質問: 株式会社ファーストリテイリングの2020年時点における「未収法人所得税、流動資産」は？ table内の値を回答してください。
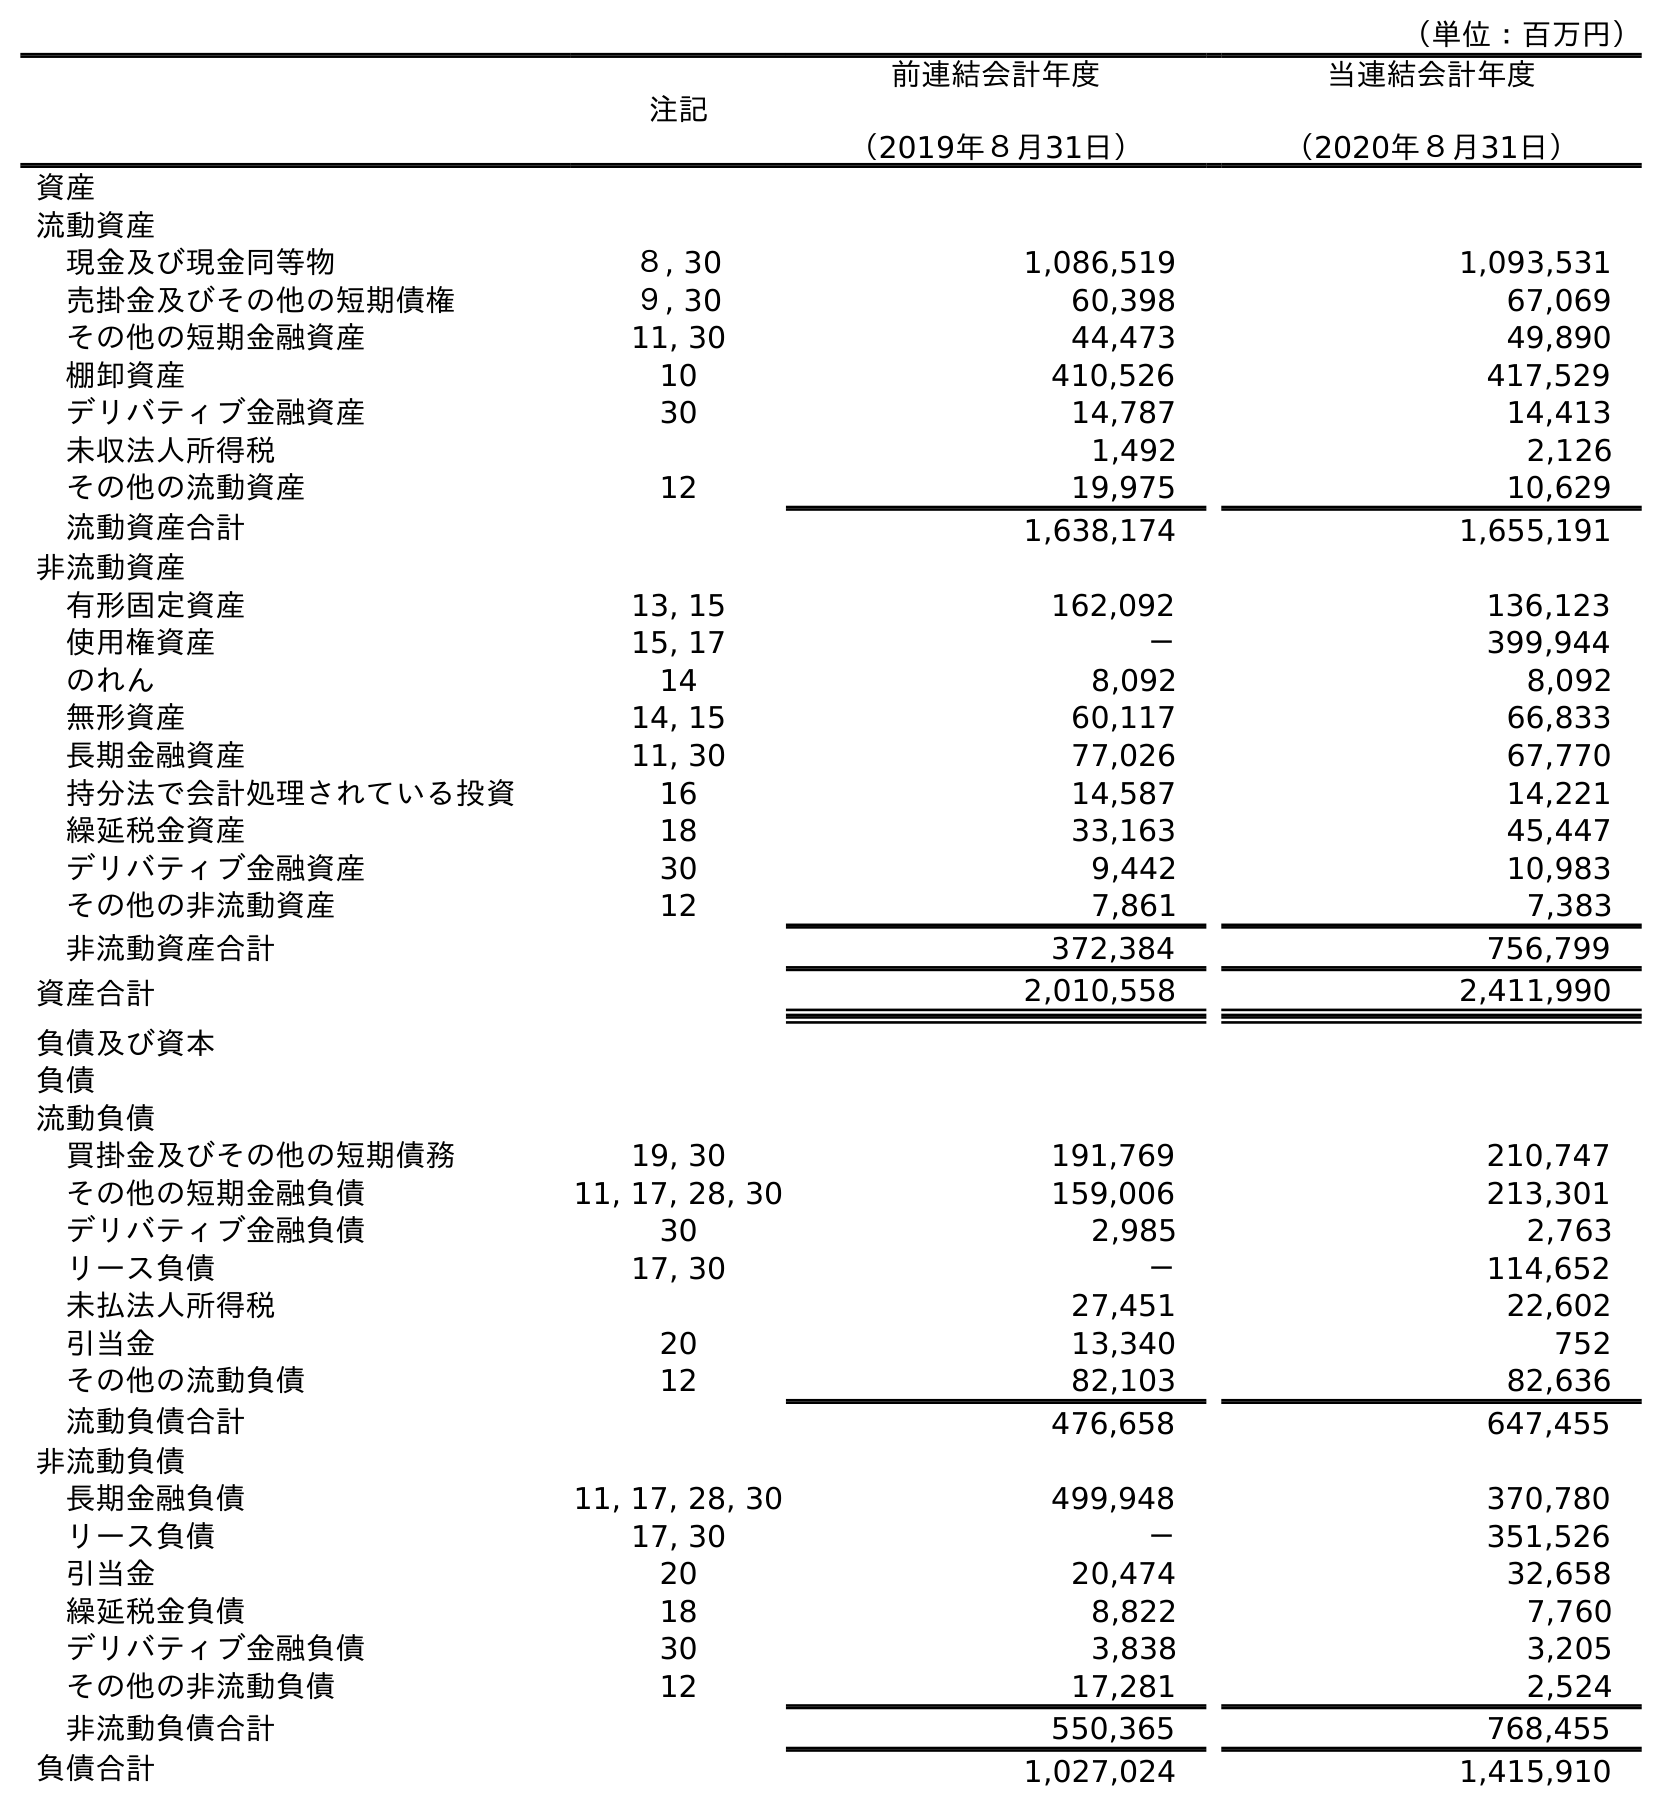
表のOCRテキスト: （単位：百万円） 注記 前連結会計年度 （2019年８月31日） 当連結会計年度 （2020年８月31日） 資産 流動資産 現金及び現金同等物 ８, 30 1,086,519 1,093,531 売掛金及びその他の短期債権 ９, 30 60,398 67,069 その他の短期金融資産 11, 30 44,473 49,890 棚卸資産 10 410,526 417,529 デリバティブ金融資産 30 14,787 14,413 未収法人所得税 1,492 2,126 その他の流動資産 12 19,975 10,629 流動資産合計 1,638,174 1,655,191 非流動資産 有形固定資産 13, 15 162,092 136,123 使用権資産 15, 17 － 399,944 のれん 14 8,092 8,092 無形資産 14, 15 60,117 66,833 長期金融資産 11, 30 77,026 67,770 持分法で会計処理されている投資 16 14,587 14,221 繰延税金資産 18 33,163 45,447 デリバティブ金融資産 30 9,442 10,983 その他の非流動資産 12 7,861 7,383 非流動資産合計 372,384 756,799 資産合計 2,010,558 2,411,990 負債及び資本 負債 流動負債 買掛金及びその他の短期債務 19, 30 191,769 210,747 その他の短期金融負債 11, 17, 28, 30 159,006 213,301 デリバティブ金融負債 30 2,985 2,763 リース負債 17, 30 － 114,652 未払法人所得税 27,451 22,602 引当金 20 13,340 752 その他の流動負債 12 82,103 82,636 流動負債合計 476,658 647,455 非流動負債 長期金融負債 11, 17, 28, 30 499,948 370,780 リース負債 17, 30 － 351,526 引当金 20 20,474 32,658 繰延税金負債 18 8,822 7,760 デリバティブ金融負債 30 3,838 3,205 その他の非流動負債 12 17,281 2,524 非流動負債合計 550,365 768,455 負債合計 1,027,024 1,415,910
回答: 2,126